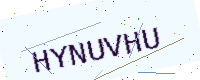
Text: HYNUVHU